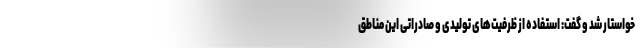
خواستار شد و گفت: استفاده از ظرفیت‌های تولیدی و صادراتی این مناطق